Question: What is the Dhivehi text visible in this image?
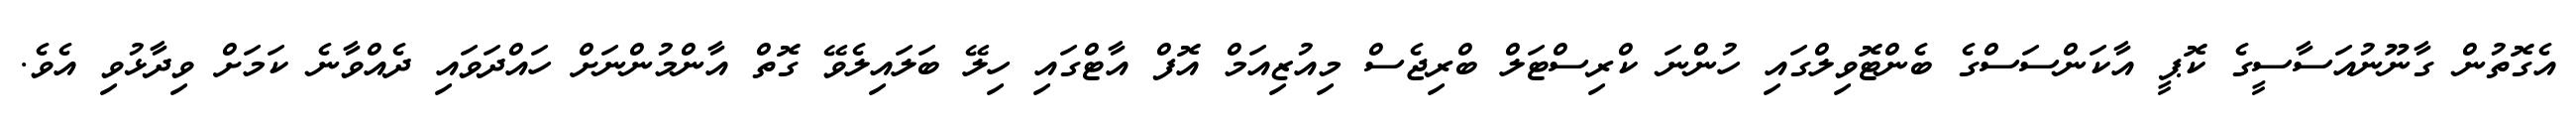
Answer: އެގޮތުން ގާނޫނުއަސާސީގެ ކޮޕީ އާކަންސަސްގެ ބެންޓޮވިލްގައި ހުންނަ ކްރިސްޓަލް ބްރިޖެސް މިއުޒިއަމް އޮފް އާޓްގައި ހިލޭ ބަލައިލެވޭ ގޮތް އާންމުންނަށް ހައްދަވައި ދެއްވާނެ ކަމަށް ވިދާޅުވި އެވެ.